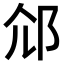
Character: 𨚐